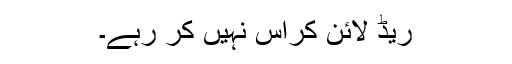
ریڈ لائن کراس نہیں کر رہے۔